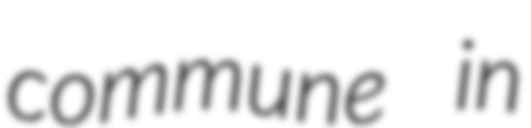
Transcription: commune in